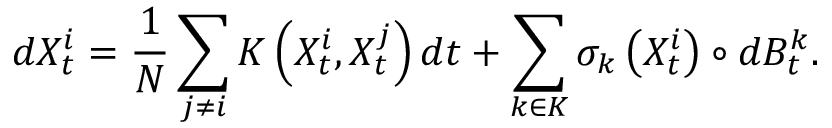
d X _ { t } ^ { i } = \frac { 1 } { N } \sum _ { j \neq i } K \left( X _ { t } ^ { i } , X _ { t } ^ { j } \right) d t + \sum _ { k \in K } \sigma _ { k } \left( X _ { t } ^ { i } \right) \circ d B _ { t } ^ { k } .